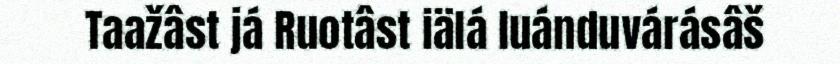
Taažâst já Ruotâst iälá luánduvárásâš